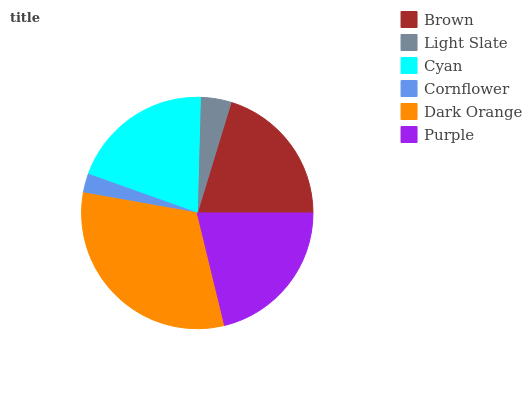
| Brown | Light Slate | Cyan | Cornflower | Dark Orange | Purple |
 | --- | --- | --- | --- | --- | --- |
 | 20.2% | 4.3% | 20.1% | 2.64% | 31.5% | 21.2% |